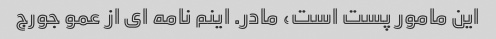
این مامور پست است، مادر. اینم نامه ای از عمو جورج